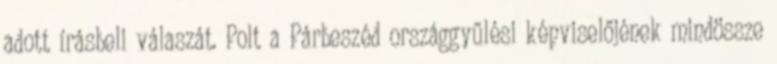
adott írásbeli válaszát. Polt a Párbeszéd országgyűlési képviselőjének mindössze